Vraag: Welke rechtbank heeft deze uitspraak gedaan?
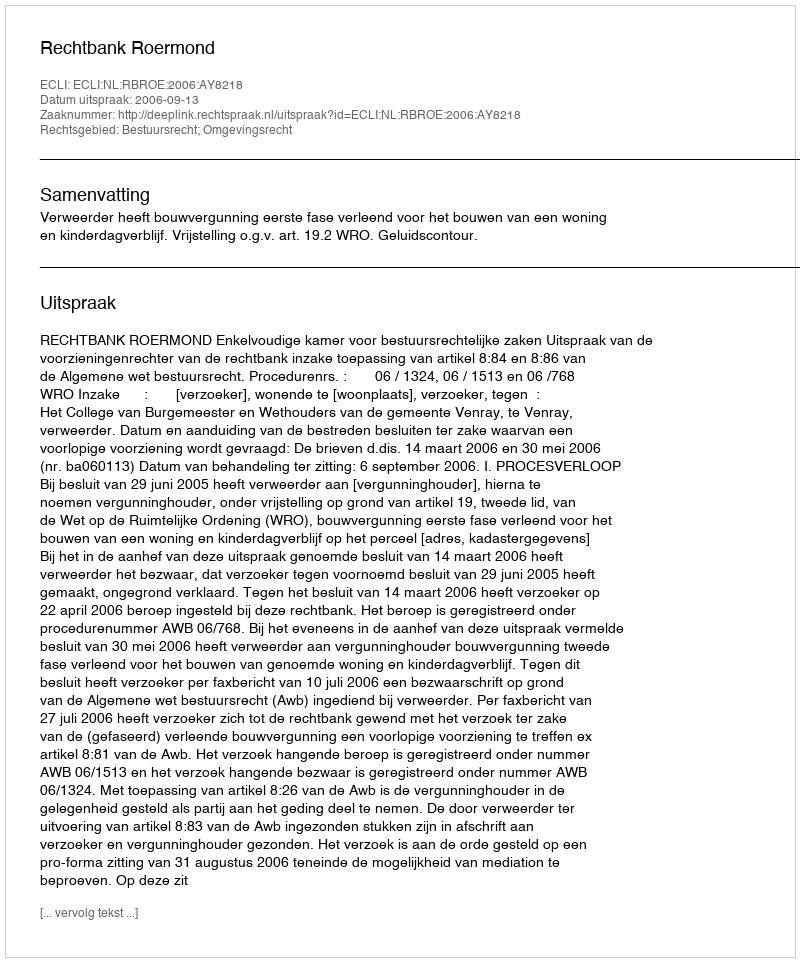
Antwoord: Rechtbank Roermond